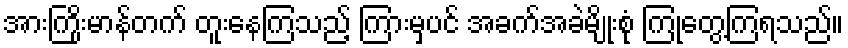
အားကြိုးမာန်တက် တူးနေကြသည့် ကြားမှပင် အခက်အခဲမျိုးစုံ ကြုံတွေ့ကြရသည်။